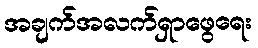
အချက်အလက်ရှာဖွေရေး